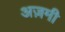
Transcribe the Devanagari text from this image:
अज़मी